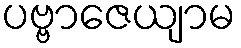
ပဗ္ဗာဇေယျာမ